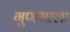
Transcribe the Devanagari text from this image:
गुणमाला